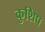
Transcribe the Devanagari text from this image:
कुशिप